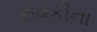
રાવકીના